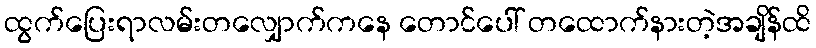
ထွက်ပြေးရာလမ်းတလျှောက်ကနေ တောင်ပေါ် တထောက်နားတဲ့အချိန်ထိ